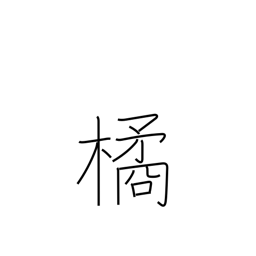
Meaning: mandarin orange